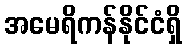
အမေရိကန်နိုင်ငံရှိ